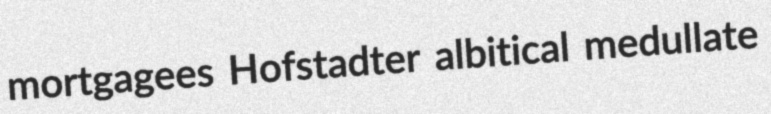
mortgagees Hofstadter albitical medullate